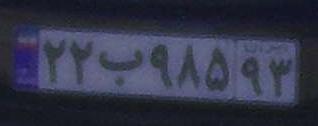
۲۲ب۹۸۵۹۳